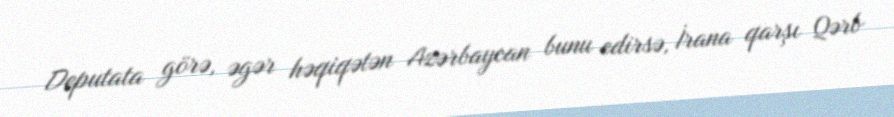
Deputata görə, əgər həqiqətən Azərbaycan bunu edirsə, İrana qarşı Qərb